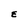
Character: E